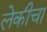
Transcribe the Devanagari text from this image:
लेकीचा